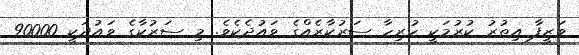
ވަޒީފާ އިތުރު ކުރުމަކީ ހުރިހާ ސަރުކާރެއްގެ ވައުދެކެވެ. މި ސަރުކާގެ ވައުދަކީ 90000